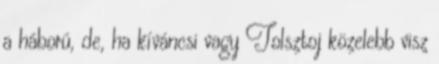
a háború, de, ha kíváncsi vagy Tolsztoj közelebb visz